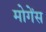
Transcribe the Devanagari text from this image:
मोगेंस